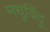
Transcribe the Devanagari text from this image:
मधुविंदु